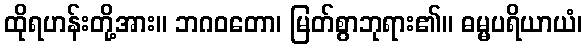
ထိုရဟန်းတို့အား။ ဘဂဝတော၊ မြတ်စွာဘုရား၏။ ဓမ္မပရိယာယံ၊